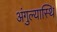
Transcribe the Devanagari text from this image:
अंगुल्यास्थि